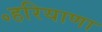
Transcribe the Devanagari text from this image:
॰हरियाणा